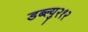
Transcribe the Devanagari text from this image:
डब्ल्यु२१२